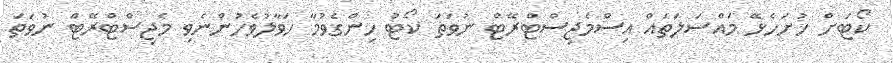
ކޯޓަށް ހުށަހެޅޭ މައްސަލަތައް އިސްމެޖިސްޓްރޭޓް ނުވަތަ ކޯޓު ހިންގެވުމާ ހަވާލުވެހުންނެވި މެޖިސްޓްރޭޓް ނުވަތަ